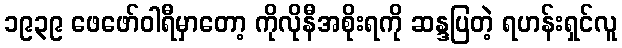
၁၉၃၉ ဖေဖော်ဝါရီမှာတော့ ကိုလိုနီအစိုးရကို ဆန္ဒပြတဲ့ ရဟန်းရှင်လူ